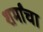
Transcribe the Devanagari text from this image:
शर्मांचा